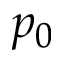
p _ { 0 }